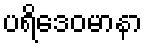
ပရိဒေဝမာနာ